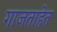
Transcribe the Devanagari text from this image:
गाजताहेत